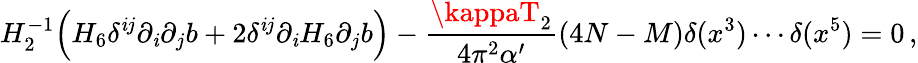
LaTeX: H_{2}^{-1}\Big(H_{6}\delta^{\mathit{i}j}\partial_{\mathit{i}}\partial_{j}b+2\delta^{\mathit{i}j}\partial_{\mathit{i}}H_{6}\partial_{j}b\Big)-\frac{{\kappaT_{2}}}{{4\pi^{2}\alpha^{\prime}}}(4N-M)\delta(x^{3})\cdots\delta(x^{5})=0\, ,